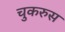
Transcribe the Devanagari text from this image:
चुकरुस